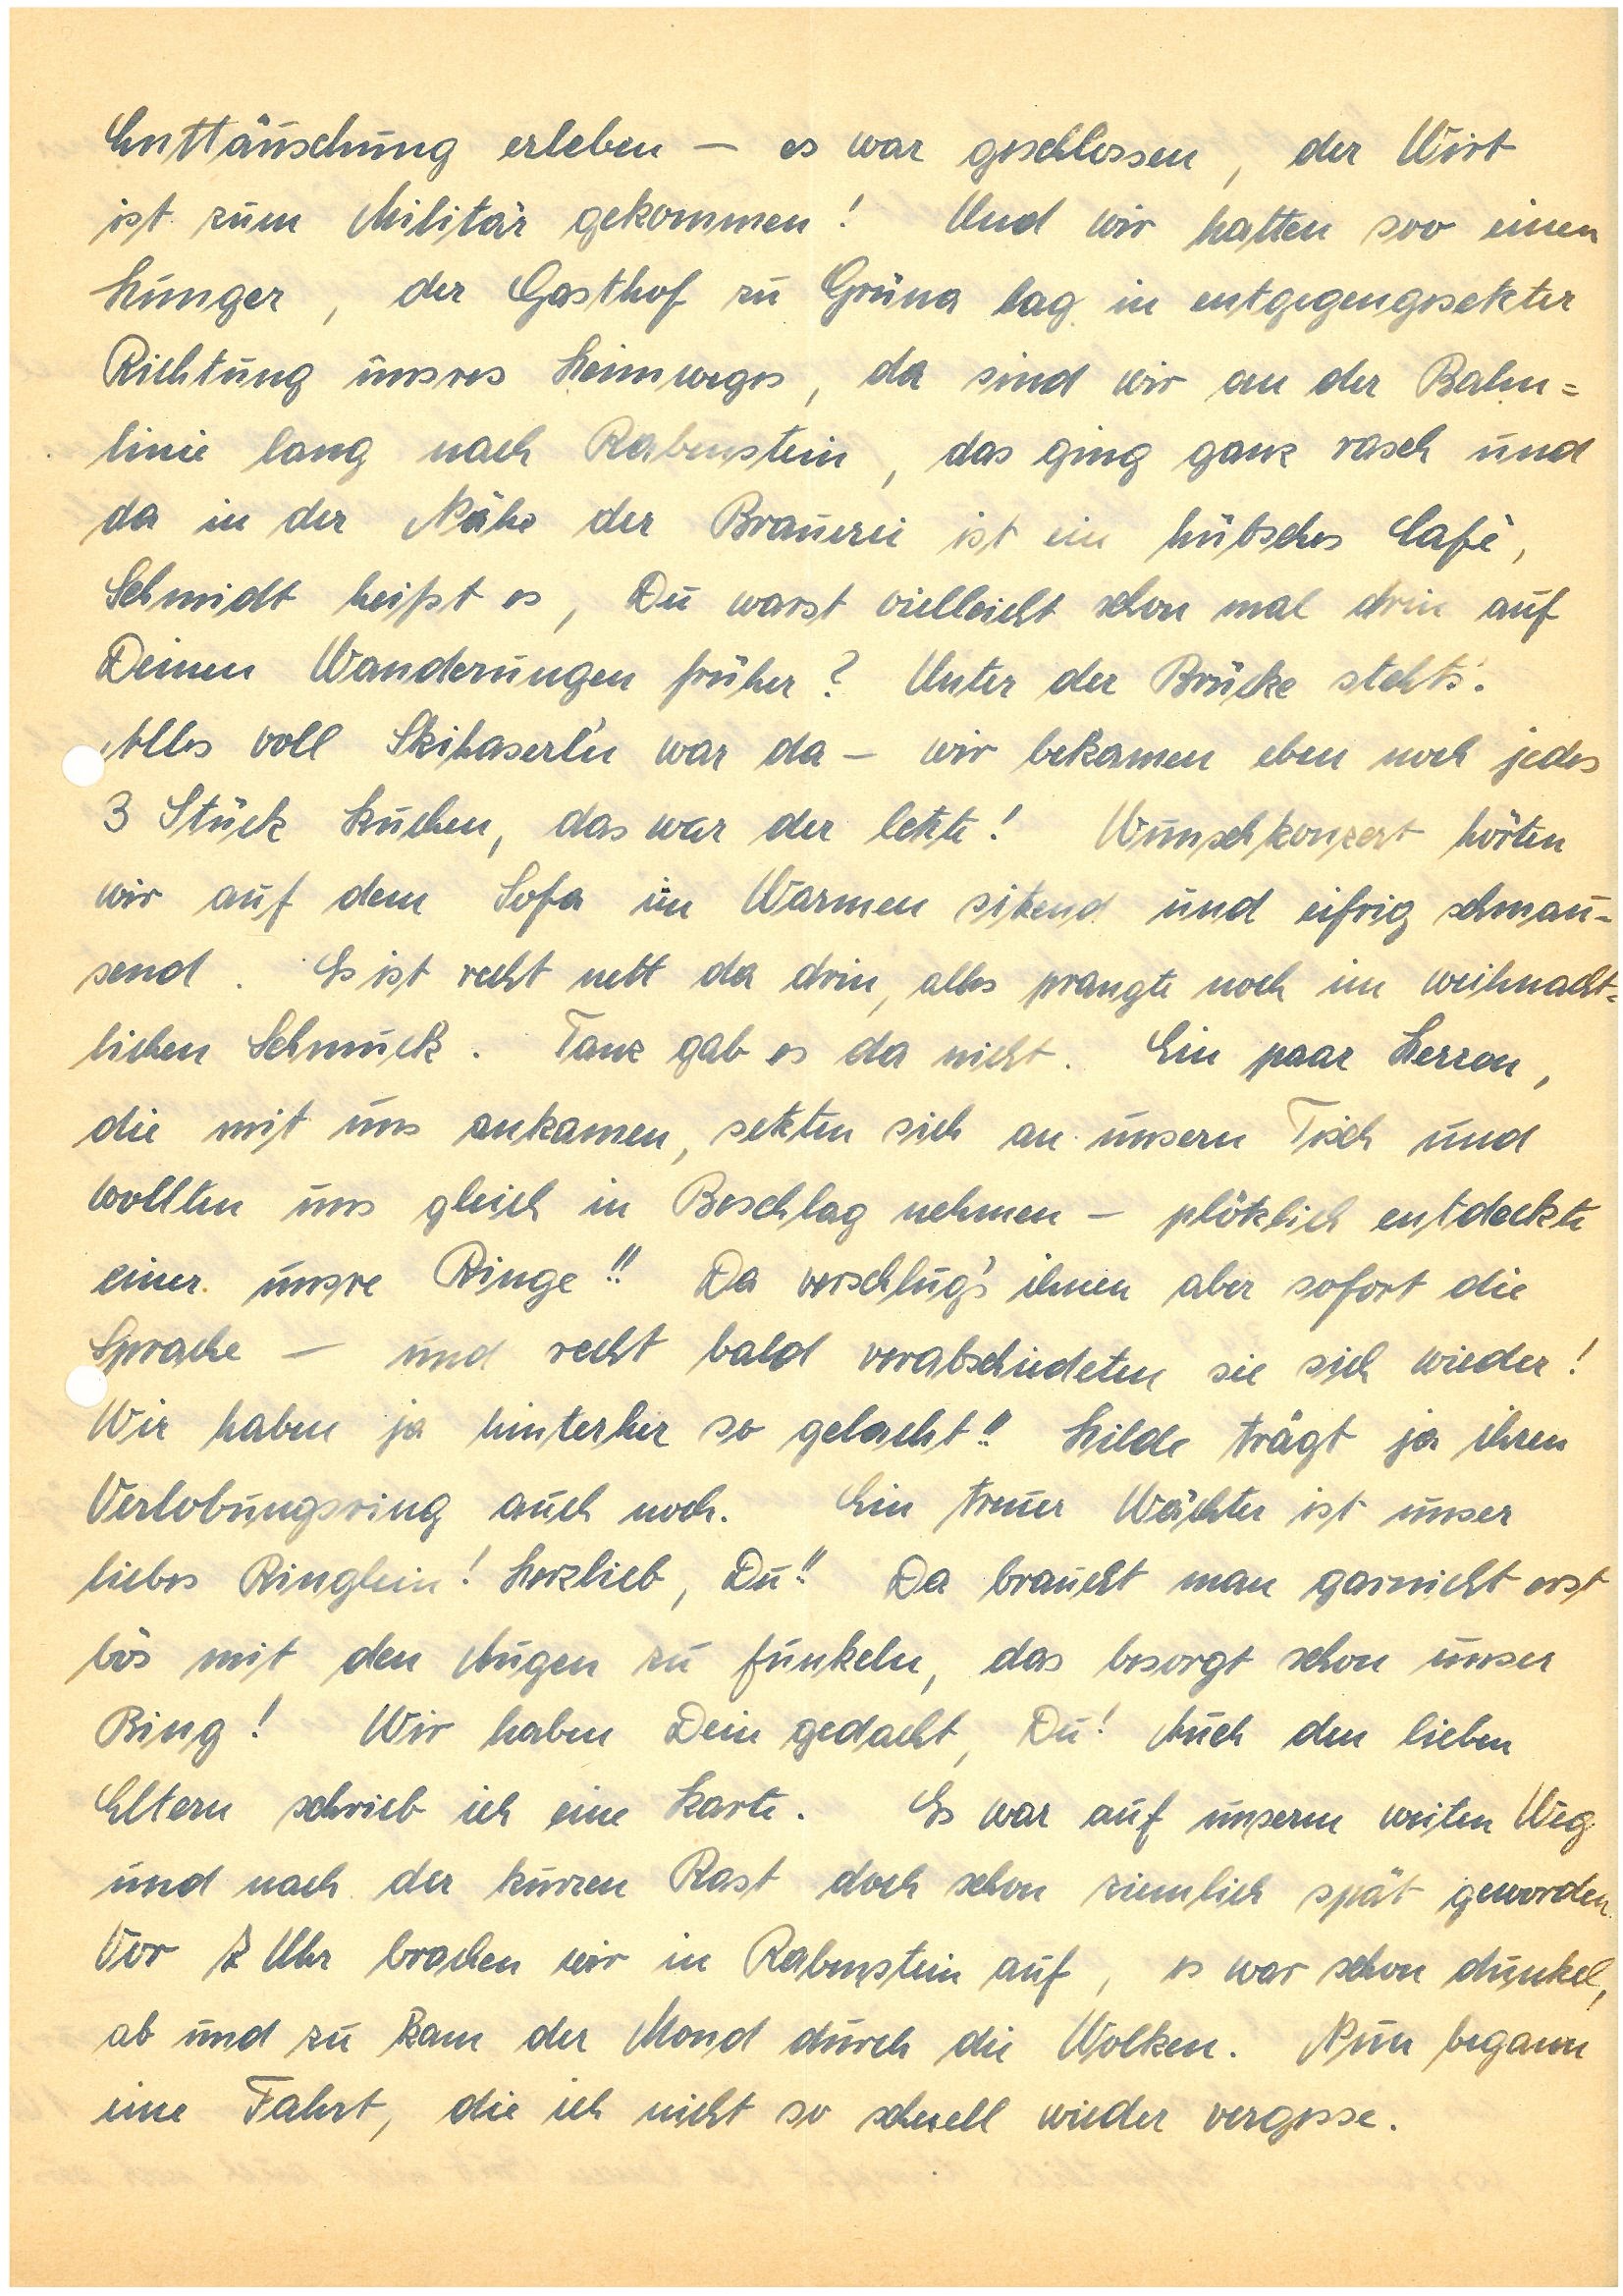
Enttäuschung erleben – es war geschlossen, der Wirt
ist zum Militär gekommen! Und wir hatten soo einen
Hunger, der Gasthof zu G. lag in entgegengesetzter
Richtung unsres Heimweges, da sind wir an der Bahn¬
linie lang nach R., das ging ganz rasch und
da in der Nähe der Brauerei ist ein hübsches Cafe,
Schmidt heißt es, Du warst vielleicht schon mal drin auf
Deinen Wanderungen früher? Unter der Brücke stehts.
Alles voll Skihaserln war da – wir bekamen eben noch jedes
3 Stück Kuchen, das war der letzte! Wunschkonzert hörten
wir auf dem Sofa im Warmen sitzend und eifrig schmau¬
send. Es ist recht nett da drin, alles prangte noch im weihnacht¬
lichen Schmuck. Tanz gab es da nicht. Ein paar Herren,
die mit und ankamen, setzten sich an unsern Tisch und
wollten uns gleich in Beschlag nehmen – plötzlich entdeckte
einer unsre Ringe!! Da verschlug’s ihnen aber sofort die
Sprache – und recht bald verabschiedeten sie sich wieder!
Wir haben ja hinterher so gelacht!! Hilde trägt ja ihren
Verlobungsring auch noch. Ein treuer Wächter ist unser
liebes Ringlein! Herzlieb, Du!! Da braucht man garnicht erst
bös mit den Augen zu funkeln, das besorgt schon unser
Ring! Wir haben Dein gedacht, Du! Auch den lieben
Eltern schrieb ich eine Karte. Es war auf unserm weiten Weg
und nach der kurzen Rast doch schon ziemlich spät geworden.
Vor 7 Uhr brachen wir in R. auf, es war schon dunkel,
ab und zu kam der Mond durch die Wolken. Nun begann
eine Fahrt, die ich nicht so schnell wieder vergesse.